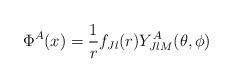
LaTeX: \begin{align*}\Phi ^A (x) = {1 \over r} f_{Jl} (r) Y^A _{JlM} (\theta , \phi )\end{align*}